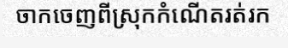
ចាកចេញពីស្រុកកំណើតរត់រក